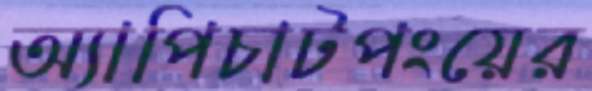
অ্যাপিচাটপংয়ের